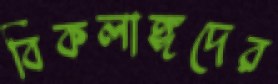
বিকলাঙ্গদের